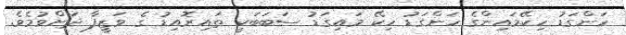
ހަންގަޑު ހިކޭމައިންގެ ހަންގަޑު ހިކޭ މައިގަޑު ސަބަބަކީ ތައިރޮއިޑު ގެ ވަޒީފާ ދަށްވުމެވެ.